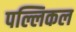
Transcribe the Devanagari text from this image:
पल्लिकल